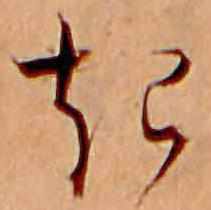
き